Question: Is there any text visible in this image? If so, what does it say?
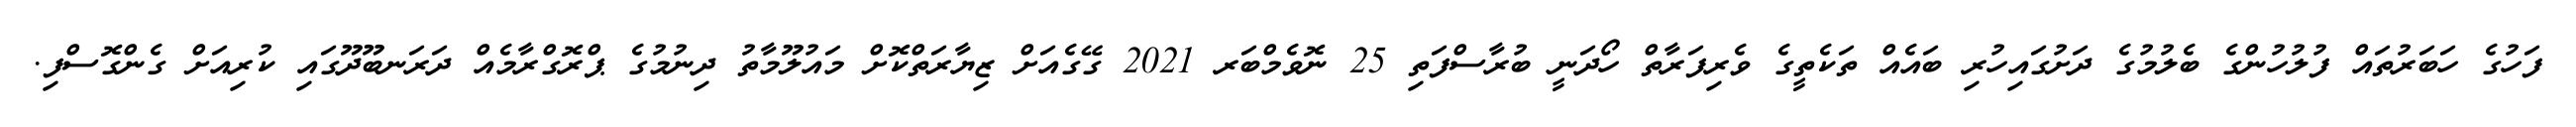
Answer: ފަހުގެ ހަބަރުތައް ފުލުހުންގެ ބެލުމުގެ ދަށުގައިހުރި ބައެއް ތަކެތީގެ ވެރިފަރާތް ހޯދަނީ ބުރާސްފަތި 25 ނޮވެމްބަރ 2021 ގޭގެއަށް ޒިޔާރަތްކޮށް މައުލޫމާތު ދިނުމުގެ ޕްރޮގްރާމެއް ދަރަނބޫދޫގައި ކުރިއަށް ގެންގޮސްފި.